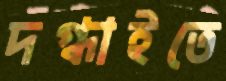
দগ্ধাইতে